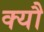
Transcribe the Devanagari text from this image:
क्यौ